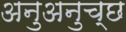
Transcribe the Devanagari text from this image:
अनुअनुच्छ